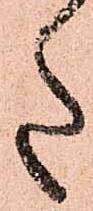
た